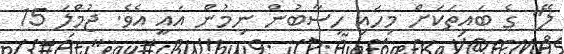
ލޭ" ގެ ބައިތަކަށް މިހައި ހިސާބުން ނިމުން އައީ އެވެ. ޖުމްލަ 15